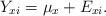
LaTeX: \begin{align*} Y_{xi} = \mu_x + E_{xi}.\end{align*}